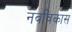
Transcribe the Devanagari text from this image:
नवविकास